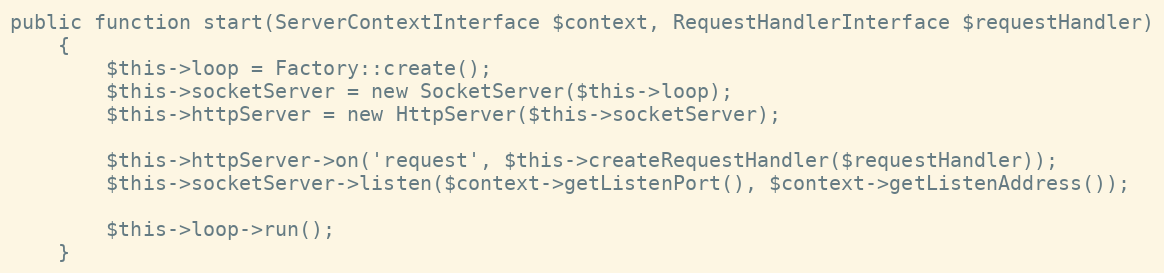
Language: PHP
public function start(ServerContextInterface $context, RequestHandlerInterface $requestHandler)
    {
        $this->loop = Factory::create();
        $this->socketServer = new SocketServer($this->loop);
        $this->httpServer = new HttpServer($this->socketServer);

        $this->httpServer->on('request', $this->createRequestHandler($requestHandler));
        $this->socketServer->listen($context->getListenPort(), $context->getListenAddress());

        $this->loop->run();
    }